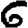
Digit: 6